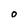
Character: O